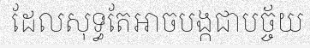
ដែលសុទ្ធតែអាចបង្កជាបច្ច័យ